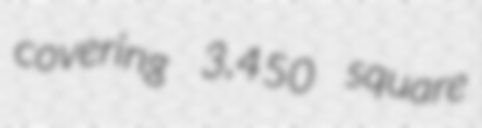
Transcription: covering 3,450 square